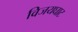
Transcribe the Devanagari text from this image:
विजयघाट